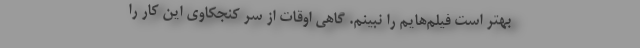
بهتر است فیلم‌هایم را نبینم. گاهی اوقات از سر کنجکاوی این کار را